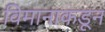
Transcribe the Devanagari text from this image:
विमानाकडून